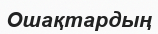
Ошақтардың